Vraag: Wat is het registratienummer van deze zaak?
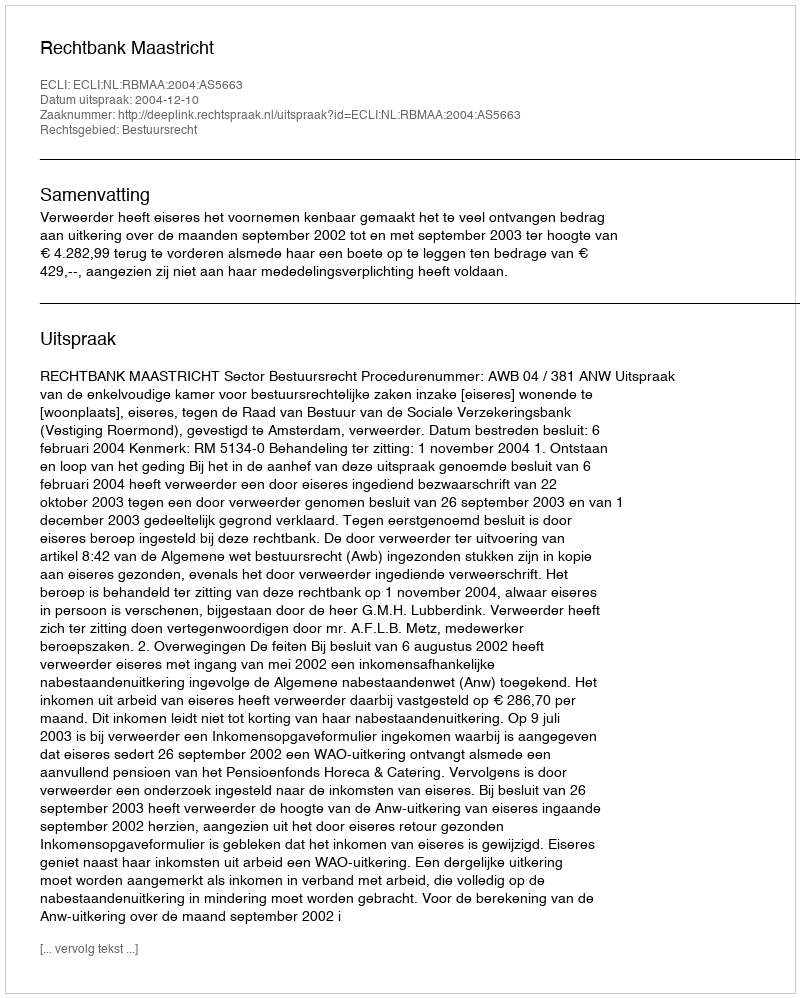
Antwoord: http://deeplink.rechtspraak.nl/uitspraak?id=ECLI:NL:RBMAA:2004:AS5663